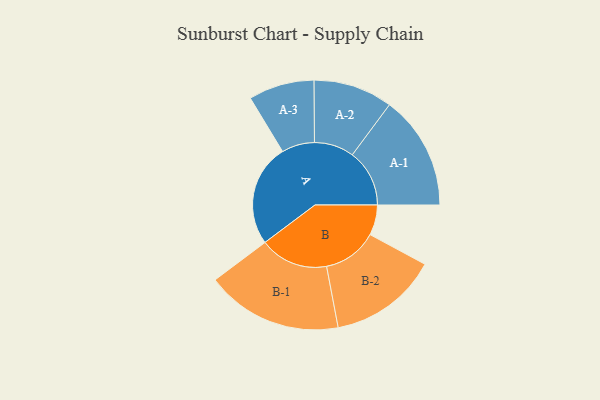
{"axis": {"x": "Segment", "y": "Value"}, "legend": ["", "A", "B"], "data": [{"x": "A", "y": 392, "type": ""}, {"x": "B", "y": 116, "type": ""}, {"x": "A-1", "y": 219, "type": "A"}, {"x": "A-2", "y": 152, "type": "A"}, {"x": "A-3", "y": 126, "type": "A"}, {"x": "B-1", "y": 262, "type": "B"}, {"x": "B-2", "y": 209, "type": "B"}]}